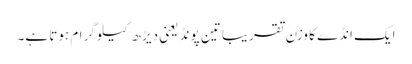
ایک انڈے کا وزن تقریباً تین پونڈ یعنی دیڑھ کیلو گرام ہوتا ہے۔